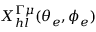
X _ { h l } ^ { \Gamma \mu } ( \theta _ { e } , \phi _ { e } )